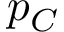
p _ { C }